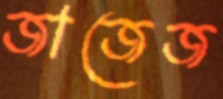
জাজেজ